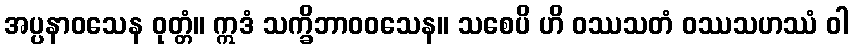
အပ္ပနာဝသေန ဝုတ္တံ။ ဣဒံ သက္ခိဘာဝဝသေန။ သစေပိ ဟိ ဝဿသတံ ဝဿသဟဿံ ဝါ